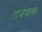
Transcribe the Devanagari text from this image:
राजभाशा